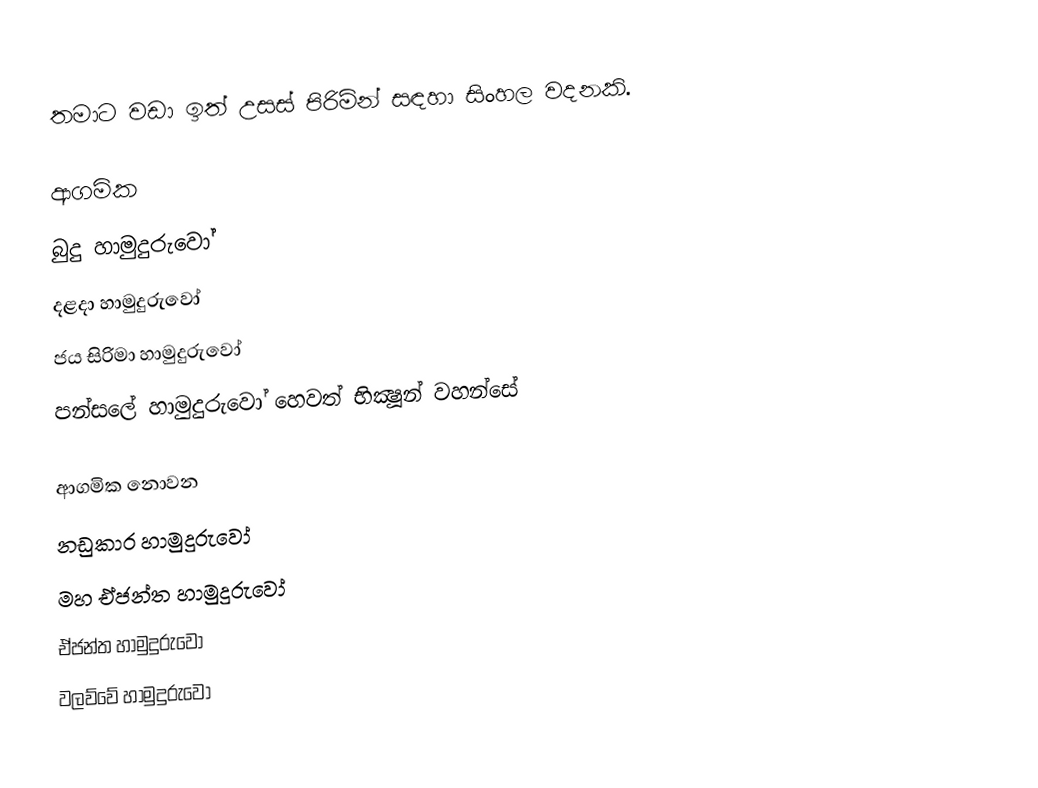
තමාට වඩා ඉත් උසස් පිරිම්න් සඳහා සිංහල වදනකි.

ආගමික
 බුදු හාමුදුරුවෝ
 දළදා හාමුදුරුවෝ
 ජය සිරිමා හාමුදුරුවෝ
 පන්සලේ හාමුදුරුවෝ හෙවත් භික්‍ෂූන් වහන්සේ

ආගමික නොවන
 නඩුකාර හාමුදුරුවෝ
 මහ ඒජන්ත හාමුදුරුවෝ
 ඒජන්ත හාමුදුරුවෝ
 වලව්වේ හාමුදුරුවෝ